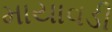
માયાવડી